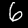
Label: 6